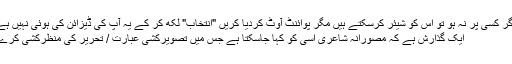
اگر کسی پر نہ ہو تو اس کو شیئر کرسکتے ہیں مگر پوائنٹ آوٹ کردیا کریں "انتخاب" لکھ کر کے یہ آپ کی ڈیزائن کی ہوئی نہیں ہے
ایک گذارش ہے کہ مصورانہ شاعری اسی کو کہا جاسکتا ہے جس میں تصویرکشی عبارت / تحریر کی منظرکشی کرے۔